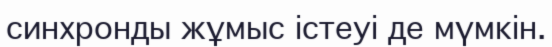
синхронды жұмыс істеуі де мүмкін.